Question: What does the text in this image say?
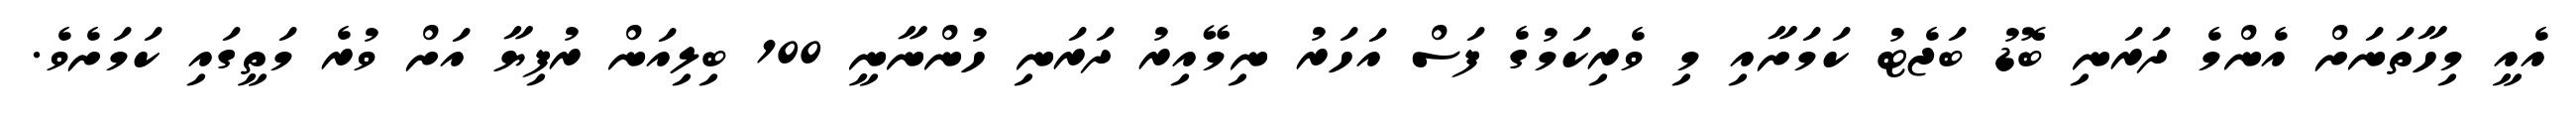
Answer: އެއީ މިހާތަނަށް އެންމެ ދަރަނި ބޮޑު ބަޖެޓު ކަމަށާއި މި ވެރިކަމުގެ ފަސް އަހަރު ނިމޭއިރު ދަރަނި ހުންނާނީ 100 ބިލިއަން ރުފިޔާ އަށް ވުރެ މަތީގައި ކަމަށެވެ.